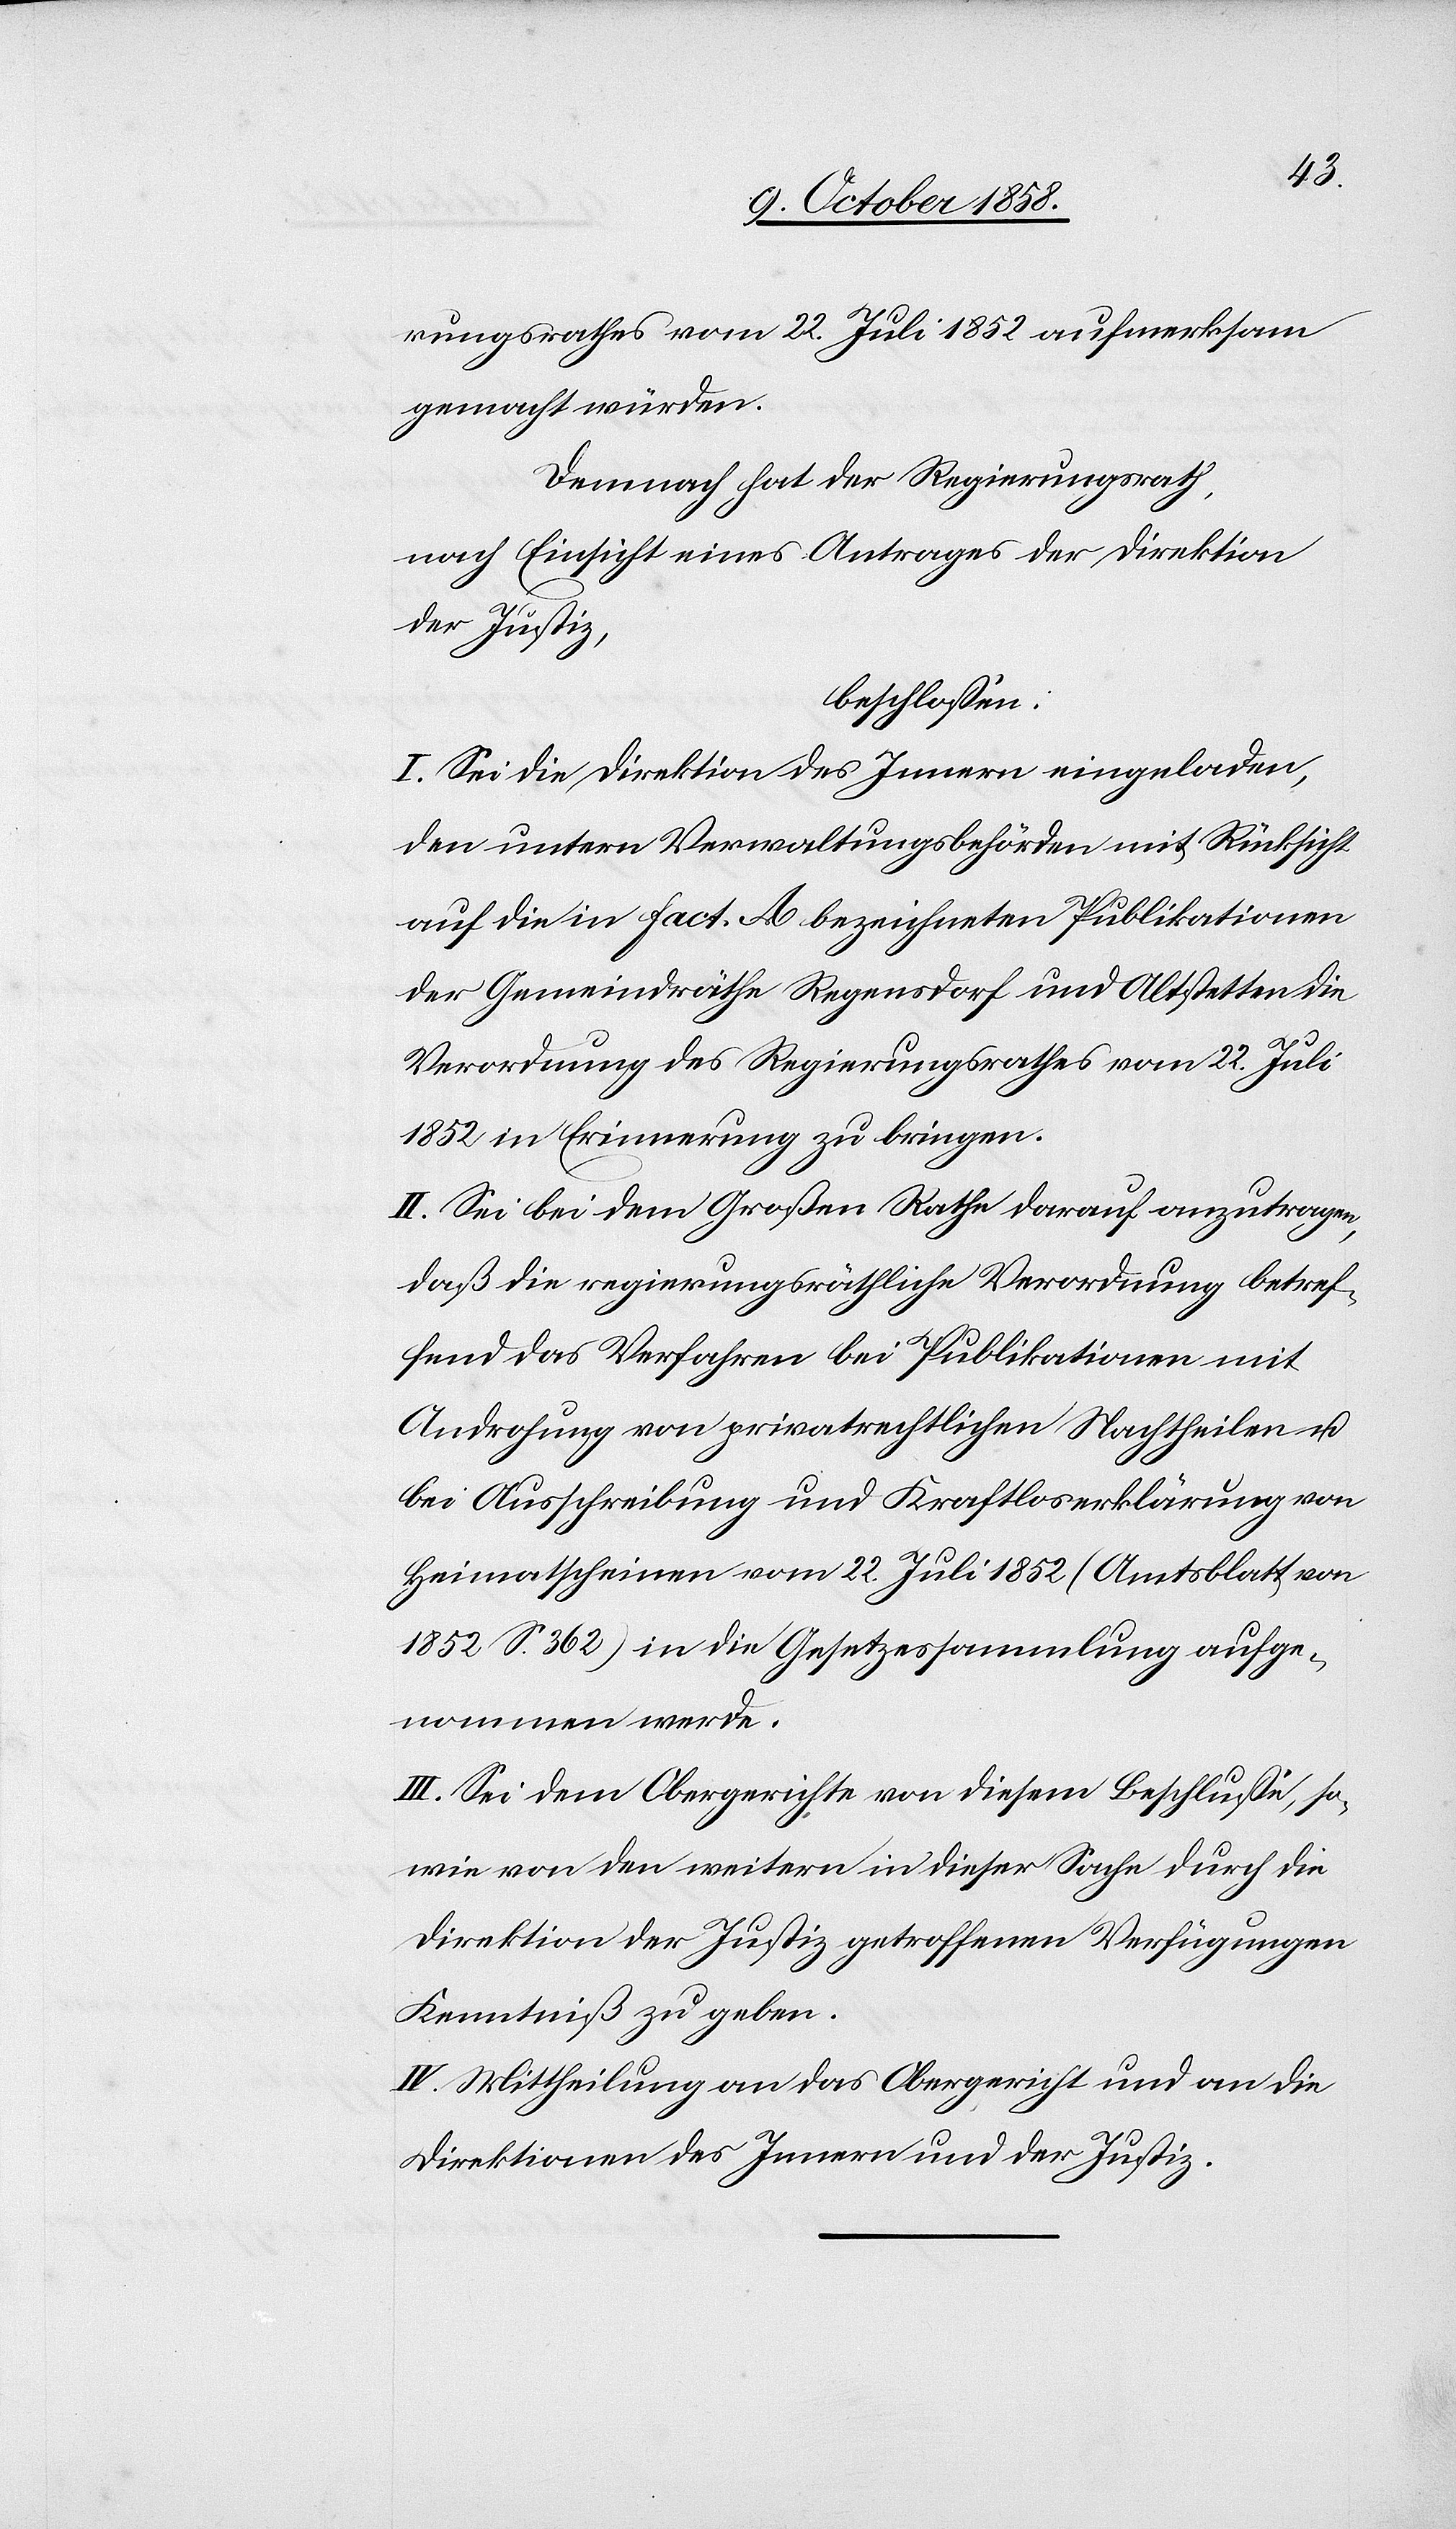
rungsrathes vom 22. Juli 1852 aufmerksam
gemacht würden.
Demnach hat der Regierungsrath,
nach Einsicht eines Antrages der Direktion
der Justiz,
beschlossen:
I. Sei die Direktion des Innern eingeladen,
den untern Verwaltungsbehörden mit Rücksicht
auf die in Fact. A bezeichneten Publikationen
der Gemeindräthe Regensdorf und Altstetten die
Verordnung des Regierungsrathes vom 22. Juli
1852 in Erinnerung zu bringen.
II. Sei bei dem Großen Rathe darauf anzutragen,
daß die regierungsräthliche Verordnung betref¬
fend das Verfahren bei Publikationen mit
Androhung von privatrechtlichen Nachtheilen u.
bei Ausschreibung und Kraftloserklärung von
Heimatscheinen vom 22. Juli 1852 (Amtsblatt von
1852 S. 362) in die Gesetzessammlung aufge¬
nommen werde.
III. Sei dem Obergerichte von diesem Beschlusse, so¬
wie von den weitern in dieser Sache durch die
Direktion der Justiz getroffenen Verfügungen
Kenntniß zu geben.
IV. Mittheilung an das Obergericht und an die
Direktionen des Innern und der Justiz.